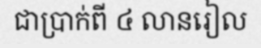
ជាប្រាក់ពី ៤ លានរៀល